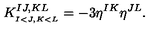
K _ { _ { I < J , K < L } } ^ { I J , K L } = - 3 \eta ^ { I K } \eta ^ { J L } .